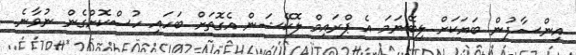
އިންސާފުން ބަޔަކަށް ލިބޭނަމަ އެ ޕްރައިމް ލޮކޭޝަން އެގޮތަށް ބަހައި ހުސްކޮށްގެން ނުވާނެ.